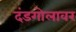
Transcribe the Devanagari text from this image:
दंडगोलावर